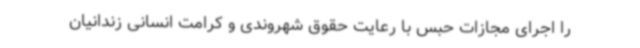
را اجرای مجازات حبس با رعایت حقوق شهروندی و کرامت انسانی زندانیان